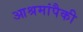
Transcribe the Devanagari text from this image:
आश्रमांपैकी